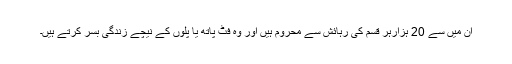
ان ميں سے 20 ہزارہر قسم کی رہائش سے محروم ہيں اور وہ فٹ پاتھ يا پلوں کے نيچے زندگی بسر کرتے ہيں۔